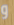
و